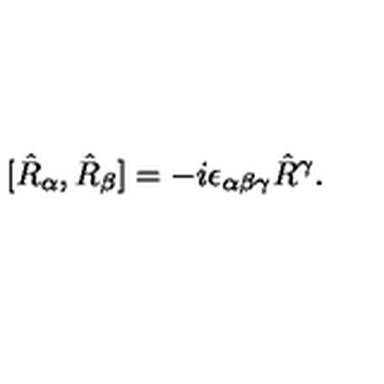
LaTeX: [ \hat { R } _ { \alpha } , \hat { R } _ { \beta } ] = - i \epsilon _ { \alpha \beta \gamma } \hat { R } { } ^ { \gamma } .